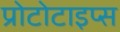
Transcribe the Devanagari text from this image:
प्रोटोटाइप्स